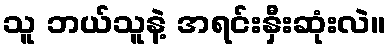
သူ ဘယ်သူနဲ့ အရင်းနှီးဆုံးလဲ။